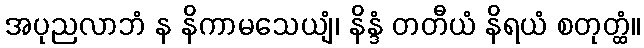
အပုညလာဘံ န နိကာမသေယျံ၊ နိန္ဒံ တတီယံ နိရယံ စတုတ္ထံ။